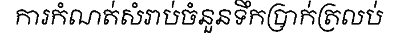
ការកំណត់សំរាប់ចំនួនទឹកប្រាក់ត្រលប់